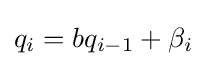
q_{i}=bq_{i-1}+\beta _{i}